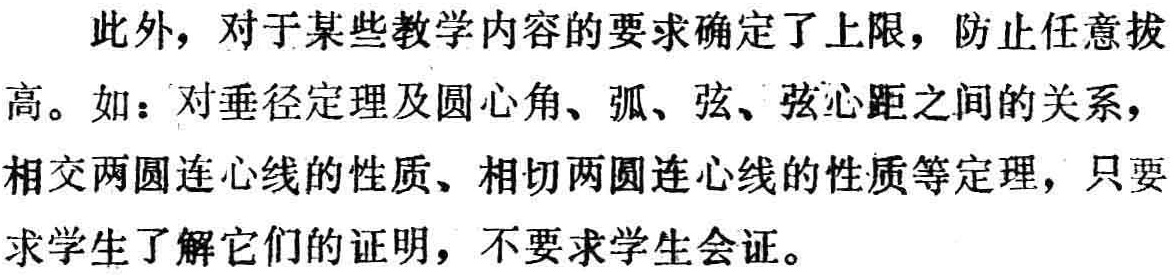
此外，对于某些教学内容的要求确定了上限，防止任意拔高。如：对垂径定理及圆心角、弧、弦、弦心距之间的关系，相交两圆连心线的性质、相切两圆连心线的性质等定理，只要求学生了解它们的证明，不要求学生会证。